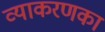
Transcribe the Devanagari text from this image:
व्याकरणका